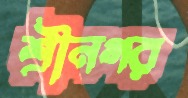
শ্রীনগর